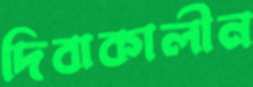
দিবাকালীন